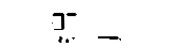
綿片